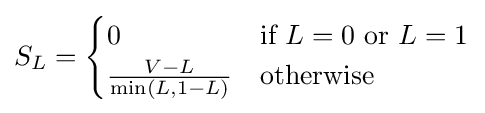
S_{L}={\begin{cases}0&{\text{if }}L=0{\text{ or }}L=1\\{\frac {V-L}{\min(L,1-L)}}&{\text{otherwise}}\\\end{cases}}